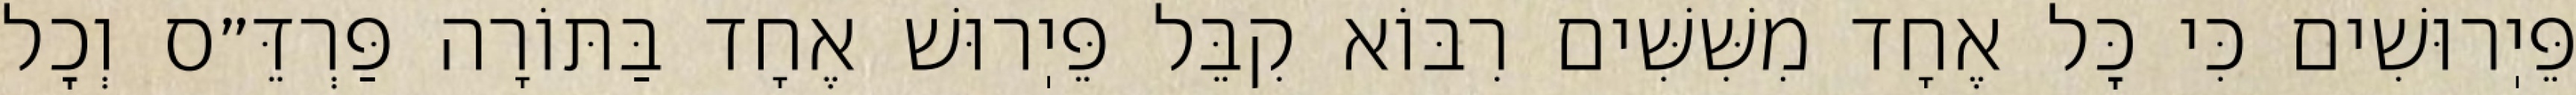
פֵּיֽרוּשִׁים כִּי כׇּל אֶחָד מִשִּׁשִּׁים רִבּוֹא קִבֵּל פֵּיֽרוּשׁ אֶחָד בַּתּוֹרָה פַּרְדֵּ״ס וְכׇל